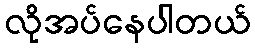
လိုအပ်နေပါတယ်